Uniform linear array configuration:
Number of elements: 48
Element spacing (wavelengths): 0.25
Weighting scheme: hamming
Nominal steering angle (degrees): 45
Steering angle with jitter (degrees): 45.823
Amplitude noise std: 0.05
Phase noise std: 0.05

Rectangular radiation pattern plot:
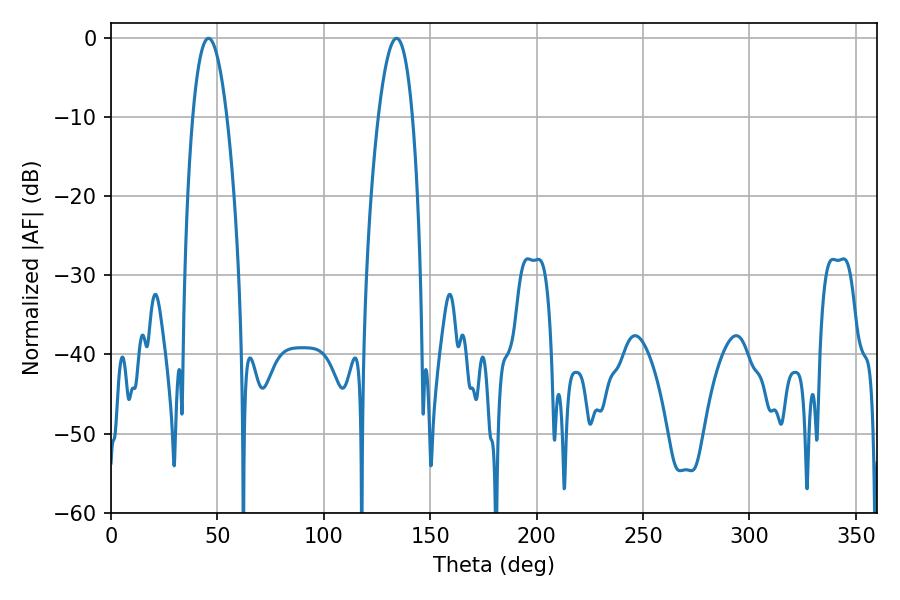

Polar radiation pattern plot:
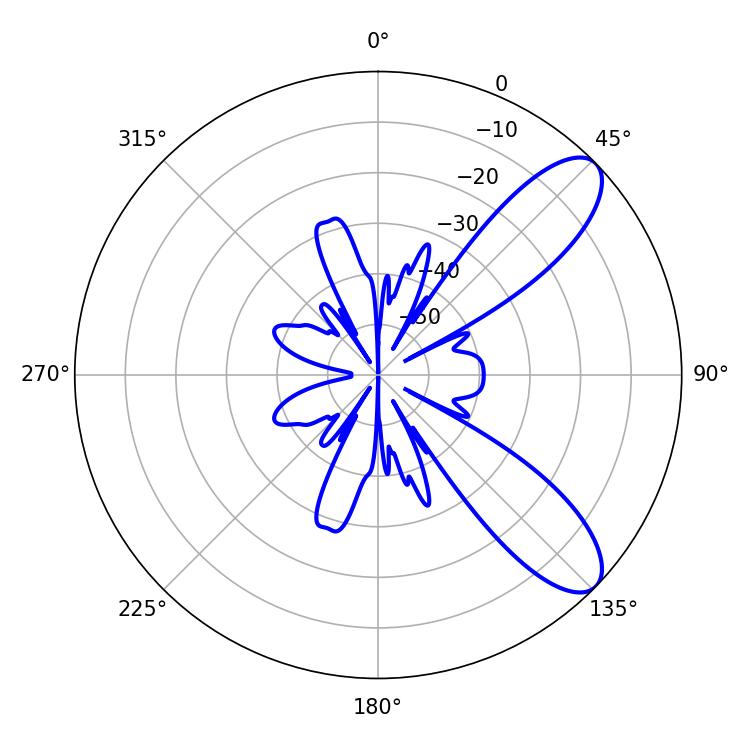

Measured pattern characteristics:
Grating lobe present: FALSE
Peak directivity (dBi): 9.231
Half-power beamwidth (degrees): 8.82
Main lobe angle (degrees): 45.9